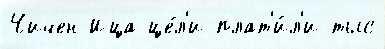
Чичен-Ица це́л'и плат'и́л'и тыс